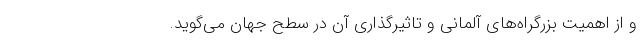
و از اهمیت بزرگراه‌های آلمانی و تاثیرگذاری آن در سطح جهان می‌گوید.